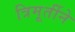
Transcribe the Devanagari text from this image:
त्रिमूर्तीने